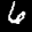
Label: 6